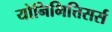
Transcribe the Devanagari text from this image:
योनिभित्तिसर्स